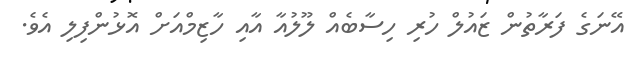
އޭނަގެ ފަރާތުން ޒައުލް ހުރި ހިސާބެއް ލޫލުއާ އާއި ހާޒިމްއަށް އޮޅުންފިލި އެވެ.